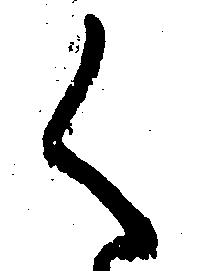
く